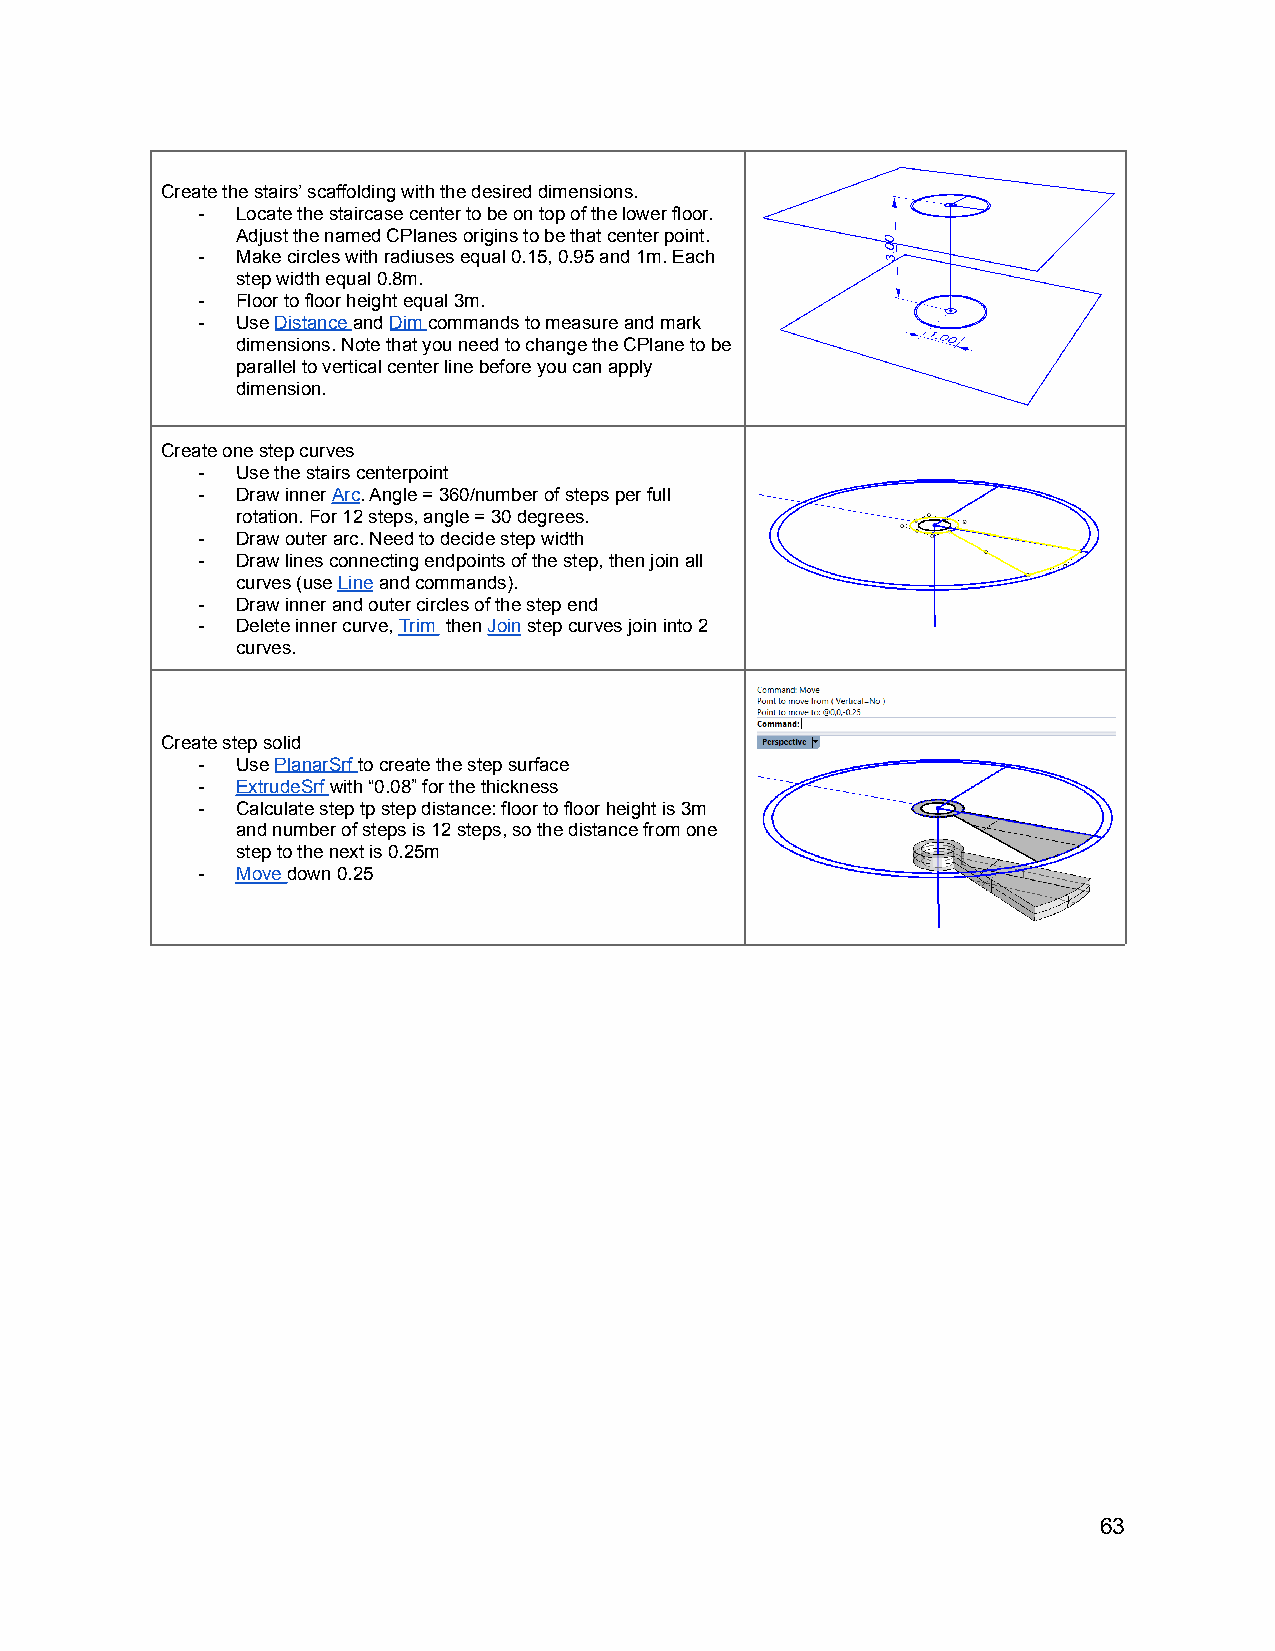
Create the stairs’ scaffolding with the desired dimensions.
 -  Locate the staircase center to be on top of the lower floor.
 Adjust the named CPlanes origins to be that center point.
 -  Make circles with radiuses equal 0.15, 0.95 and 1m. Each
 step width equal 0.8m.
 -  Floor to floor height equal 3m.
 -  UseDistanceandDimcommands to measure and mark
 dimensions. Note that you need to change the CPlane to be
 parallel to vertical center line before you can apply
 dimension.
 Create one step curves
 -  Use the stairs centerpoint
 -  Draw innerArc. Angle = 360/number of steps per full
 rotation. For 12 steps, angle = 30 degrees.
 -  Draw outer arc. Need to decide step width
 -  Draw lines connecting endpoints of the step, then join all
 curves (useLineand commands).
 -  Draw inner and outer circles of the step end
 -  Delete inner curve,Trim thenJoinstep curves joininto 2
 curves.
 Create step solid
 -  UsePlanarSrfto create the step surface
 -  ExtrudeSrfwith “0.08” for the thickness
 -  Calculate step tp step distance: floor to floor height is 3m
 and number of steps is 12 steps, so the distance from one
 step to the next is 0.25m
 -  Movedown 0.25
 63